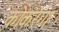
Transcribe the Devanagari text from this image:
कोकरेगा